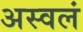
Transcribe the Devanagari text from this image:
अस्वलं